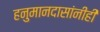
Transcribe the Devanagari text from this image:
हनुमानदासांनीही